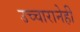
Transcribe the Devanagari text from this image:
उच्चारानेही